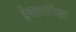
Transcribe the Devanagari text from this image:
हेक्टरांपेक्षा